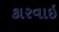
કારવાઇ